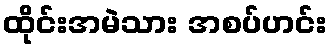
ထိုင်းအမဲသား အစပ်ဟင်း